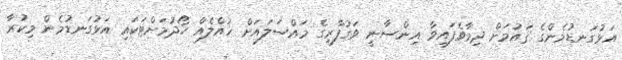
އަޅުގަނޑުމެންގެ ޤައުމަށް ދިމާވެފައިވާ އިންސާނީ ވަގުފާރީގެ މައްސަލައަށް ހައްލެއް ހޯދުމަށްޓަކައި އަޅުގަނޑުމެން މިކުރާ